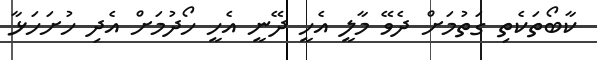
ކާބޯތަކެތި ގަތުމަށް ދެވޭ މާލީ އެހީ ދޭނީ އެހީ ހޯދުމަށް އެދި ހުށަހަޅާ